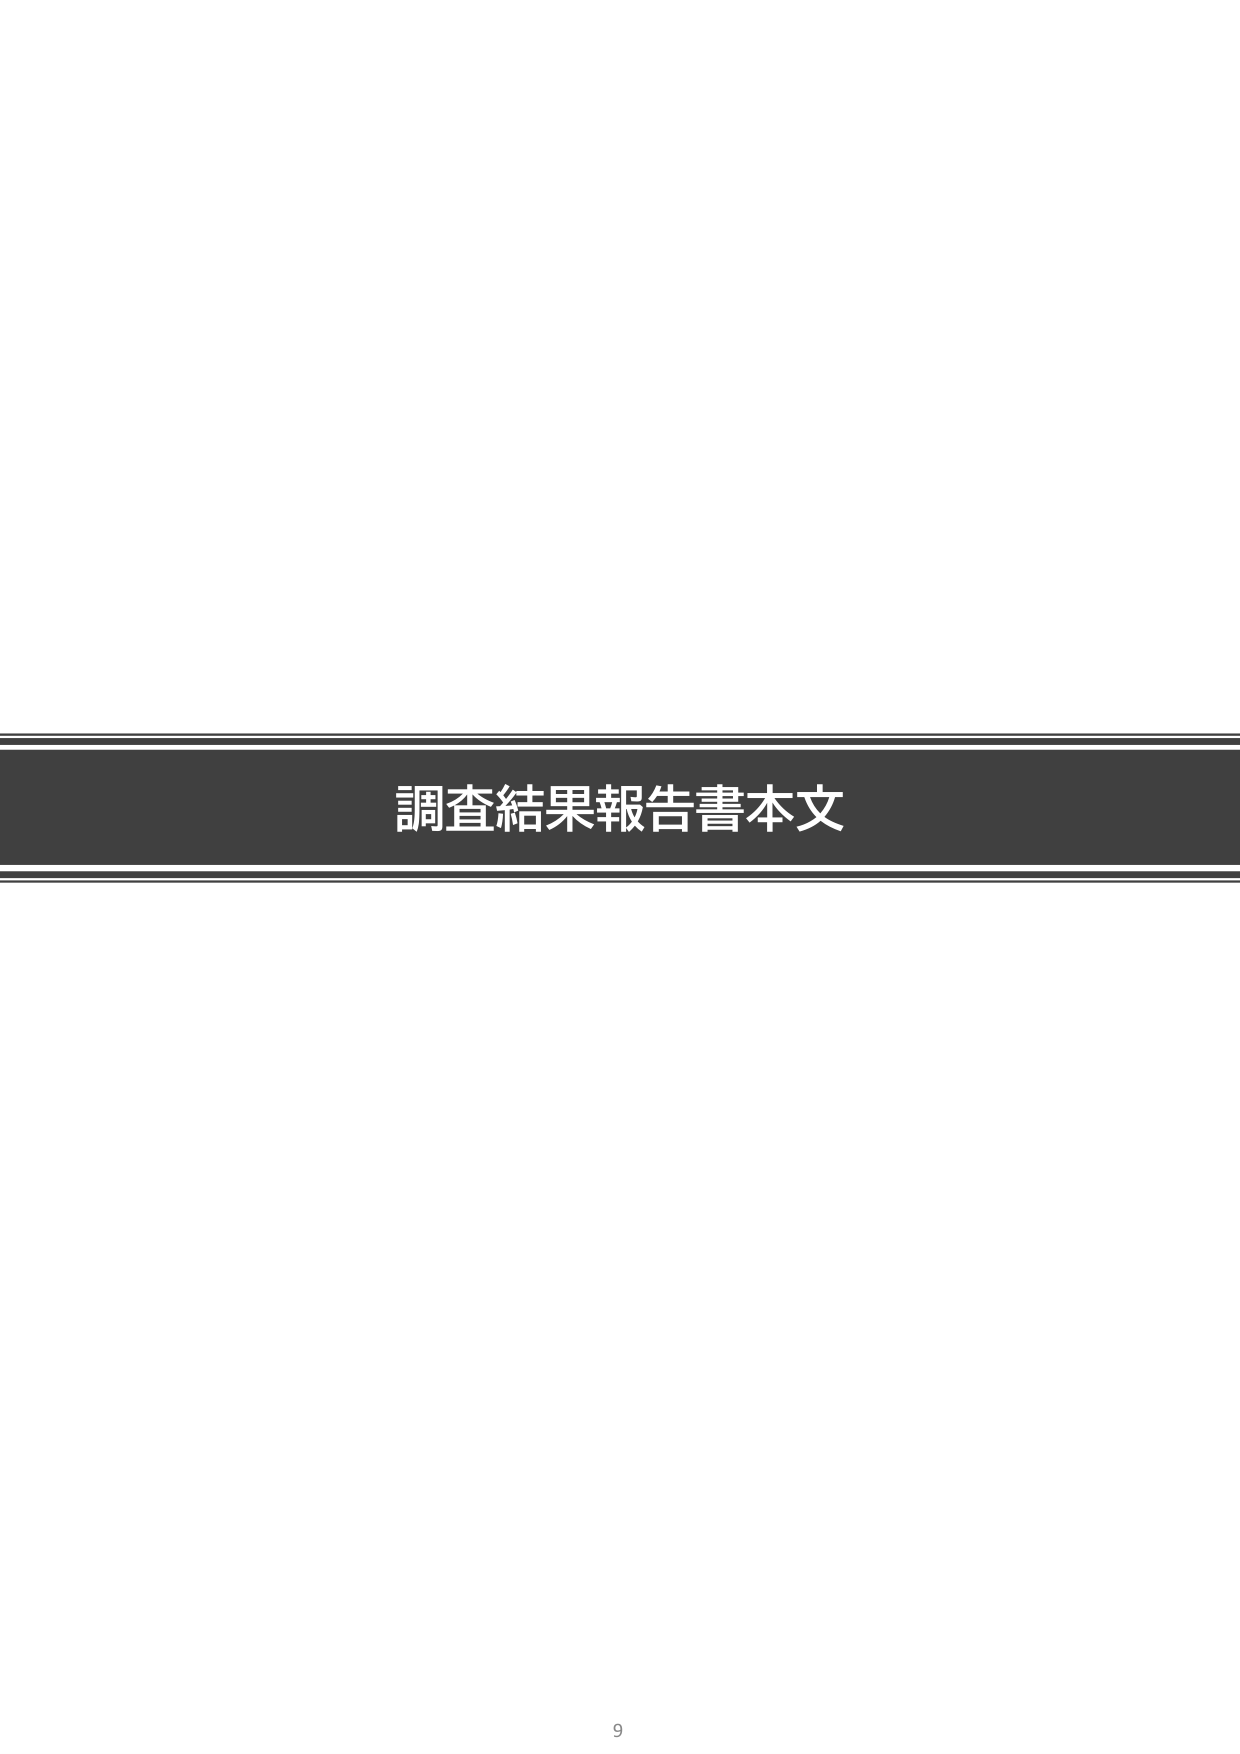
調査結果報告書本文
9